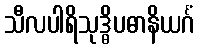
သီလပါရိသုဒ္ဓိပဓာနိယင်္ဂံ